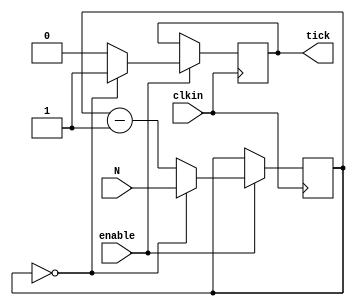
module clktick (
	clkin, 
	enable, 
	N, 
	tick 
);

parameter N_BIT = 16;

input clkin; 
input enable;
input [N_BIT-1:0] N;

output tick;

reg [N_BIT-1:0] count; 
reg tick;
initial tick = 1'b0;

	always @ (posedge clkin)
		if (enable == 1'b1)begin
			if (count == 0)
				begin
					tick <= 1'b1; 
					count <= N;
				end
			else
				begin
					tick <= 1'b0;
					count <= count - 1'b1;
				end
		end
				
endmodule